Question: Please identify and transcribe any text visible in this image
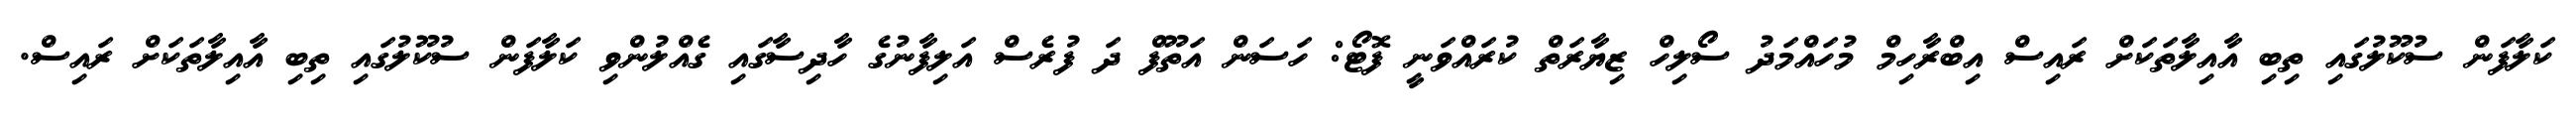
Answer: ކަލާފަން ސުކޫލުގައި ތިބި އާއިލާތަކަށް ރައިސް އިބްރާހިމް މުހައްމަދު ސޯލިހް ޒިޔާރަތް ކުރައްވަނީ ފޮޓޯ: ހަސަން އަތޫފް ދަ ފުރެސް އަލިފާނުގެ ހާދިސާގައި ގެއްލުންވި ކަލާފަން ސުކޫލުގައި ތިބި އާއިލާތަކަށް ރައިސް.